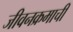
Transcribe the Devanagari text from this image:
जीवनक्रमाची